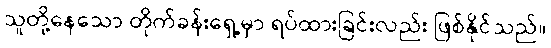
သူတို့နေသော တိုက်ခန်းရှေ့မှာ ရပ်ထားခြင်းလည်း ဖြစ်နိုင်သည်။